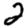
Digit: 2